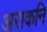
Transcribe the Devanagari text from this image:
अराकनि